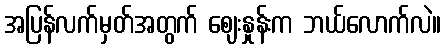
အပြန်လက်မှတ်အတွက် ဈေးနှုန်းက ဘယ်လောက်လဲ။